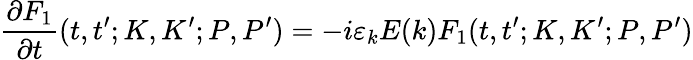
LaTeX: \frac{\partial F_{1}}{\partial t}(t,t^{\prime};K,K^{\prime};P,P^{\prime})=-i\varepsilon_{k}E(k)F_{1}(t,t^{\prime};K,K^{\prime};P,P^{\prime})